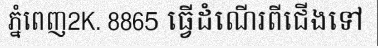
ភ្នំពេញ2K. 8865 ធ្វើដំណើរពីជើងទៅ